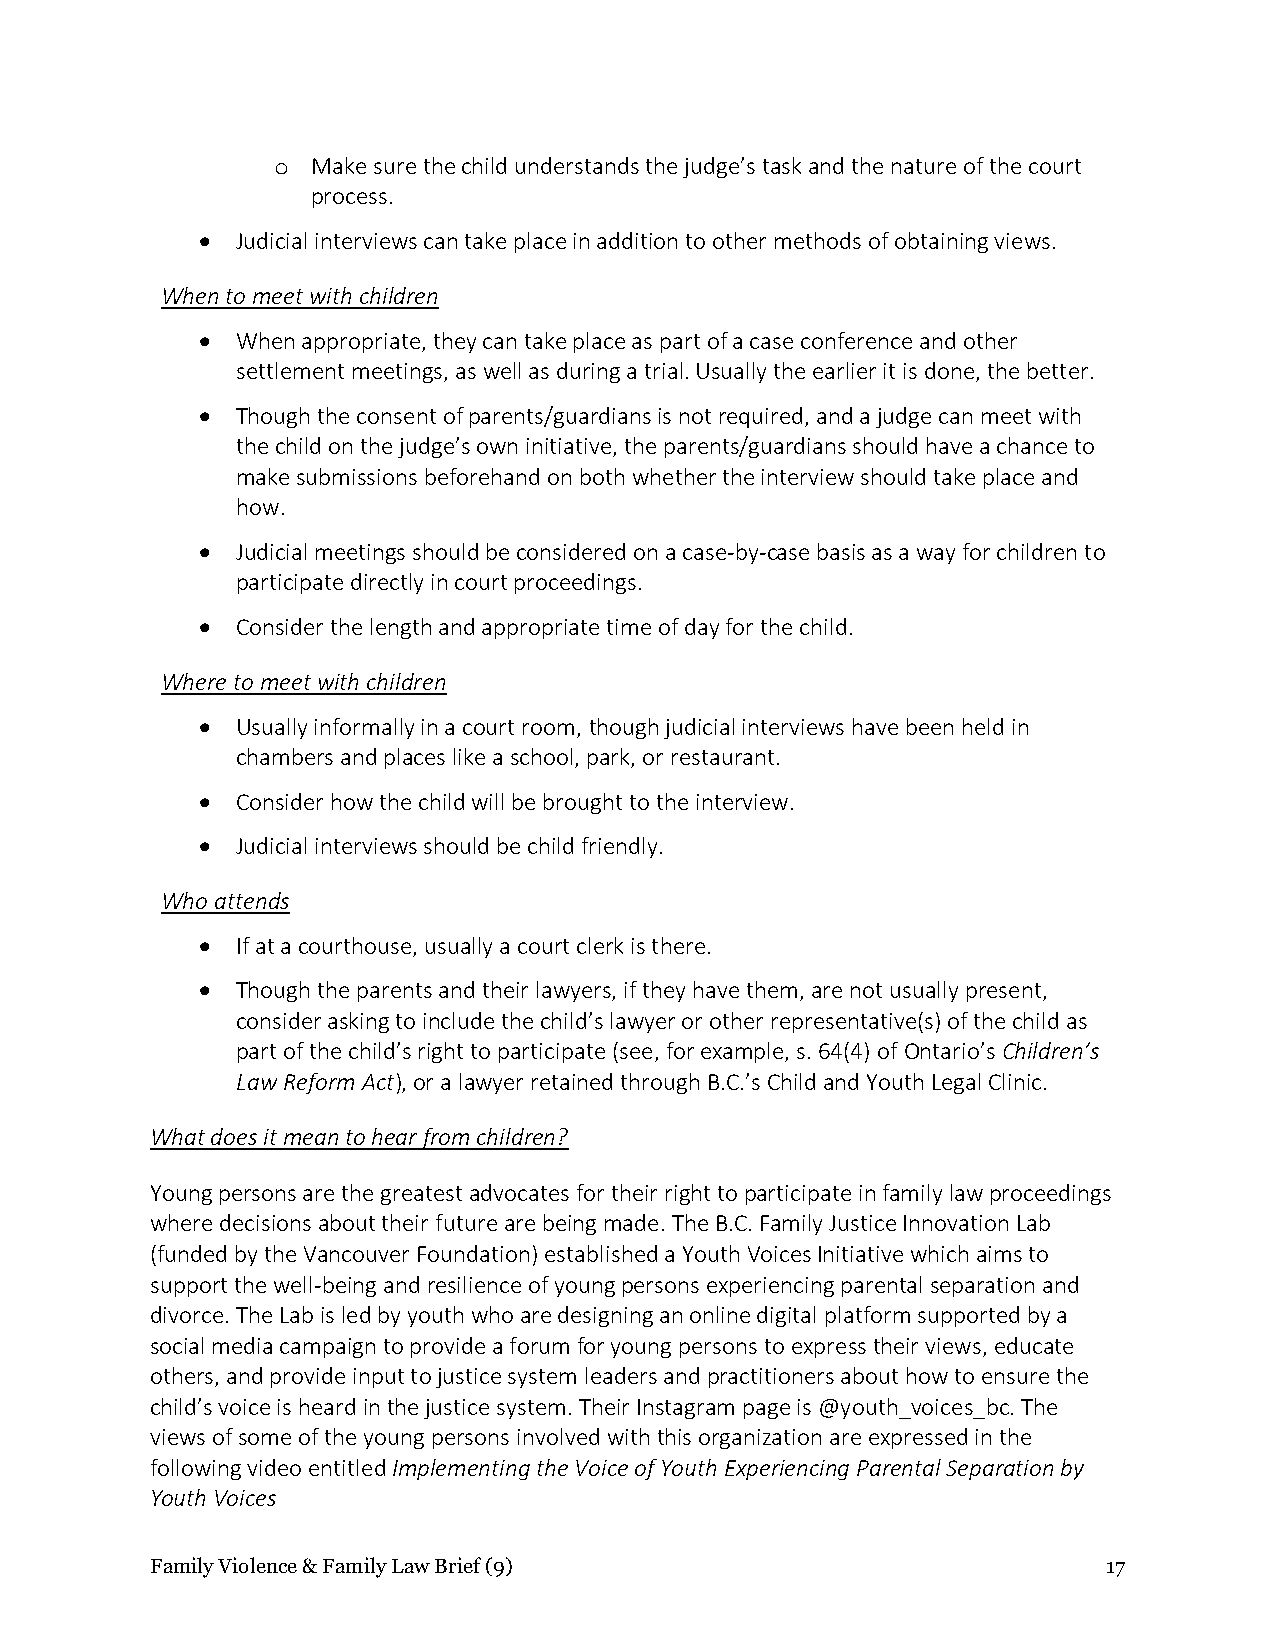
o  Make sure the child understands the judge’s task and the nature of the court
 process.
 •  Judicial interviews can take place in addition to other methods of obtaining views.
 When to meet with children
 •  When appropriate, they can take place as part of a case conference and other
 settlement meetings, as well as during a trial. Usually the earlier it is done, the better.
 •  Though the consent of parents/guardians is not required, and a judge can meet with
 the child on the judge’s own initiative, the parents/guardians should have a chance to
 make submissions beforehand on both whether the interview should take place and
 how.
 •  Judicial meetings should be considered on a case-by-case basis as a way for children to
 participate directly in court proceedings.
 •  Consider the length and appropriate time of day for the child.
 Where to meet with children
 •  Usually informally in a court room, though judicial interviews have been held in
 chambers and places like a school, park, or restaurant.
 •  Consider how the child will be brought to the interview.
 •  Judicial interviews should be child friendly.
 Who attends
 •  If at a courthouse, usually a court clerk is there.
 •  Though the parents and their lawyers, if they have them, are not usually present,
 consider asking to include the child’s lawyer or other representative(s) of the child as
 part of the child’s right to participate (see, for example, s. 64(4) of Ontario’s Children’s
 Law Reform Act), or a lawyer retained through B.C.’s Child and Youth Legal Clinic.
 What does it mean to hear from children?
 Young persons are the greatest advocates for their right to participate in family law proceedings
 where decisions about their future are being made. The B.C. Family Justice Innovation Lab
 (funded by the Vancouver Foundation) established a Youth Voices Initiative which aims to
 support the well-being and resilience of young persons experiencing parental separation and
 divorce. The Lab is led by youth who are designing an online digital platform supported by a
 social media campaign to provide a forum for young persons to express their views, educate
 others, and provide input to justice system leaders and practitioners about how to ensure the
 child’s voice is heard in the justice system. Their Instagram page is @youth_voices_bc. The
 views of some of the young persons involved with this organization are expressed in the
 following video entitled Implementing the Voice of Youth Experiencing Parental Separation by
 Youth Voices
 Family Violence & Family Law Brief (9)                         17